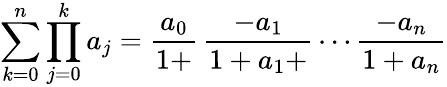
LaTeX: \sum_{k=0}^{n}\prod_{j=0}^{k}a_{j}={\frac{a_{0}}{1+}}\, {\frac{-a_{1}}{1+a_{1}+}}\cdots{\frac{-a_{n}}{1+a_{n}}}